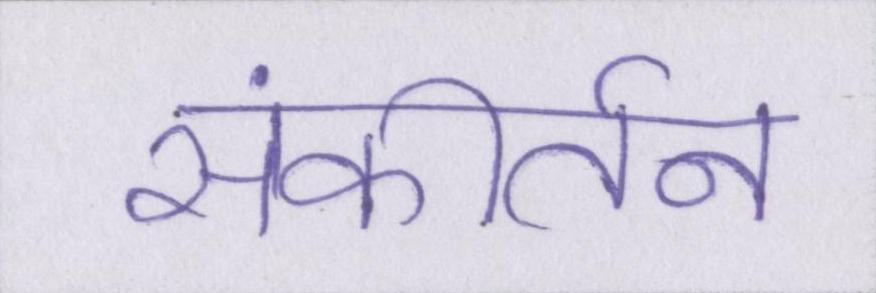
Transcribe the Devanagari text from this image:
संकीर्तन